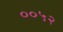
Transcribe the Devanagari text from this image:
००५२